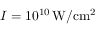
I = 1 0 ^ { 1 0 } \, \mathrm { W / c m ^ { 2 } }